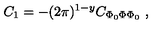
C _ { 1 } = - ( 2 \pi ) ^ { 1 - y } C _ { \Phi _ { 0 } \Phi \Phi _ { 0 } } \ ,